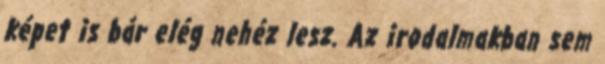
képet is bár elég nehéz lesz. Az irodalmakban sem